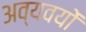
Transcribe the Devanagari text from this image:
अव्यवयों